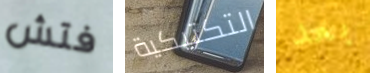
فتش التكتيكية بعد